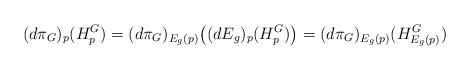
LaTeX: \begin{align*}(d\pi_{G})_{p}(H_{p}^{G})=(d\pi_{G})_{E_{g}(p)}\bigr((dE_{g})_{p}(H_{p}^{G})\bigr)=(d\pi_{G})_{E_{g}(p)}(H_{E_{g}(p)}^{G})\end{align*}